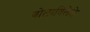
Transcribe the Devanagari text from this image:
बोलाविलेले